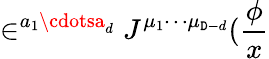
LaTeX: \in^{a_{1}\cdotsa_{d}}J^{\mu_{1}\cdots\mu_{\mathtt{D}-d}}(\frac{\phi}{x}